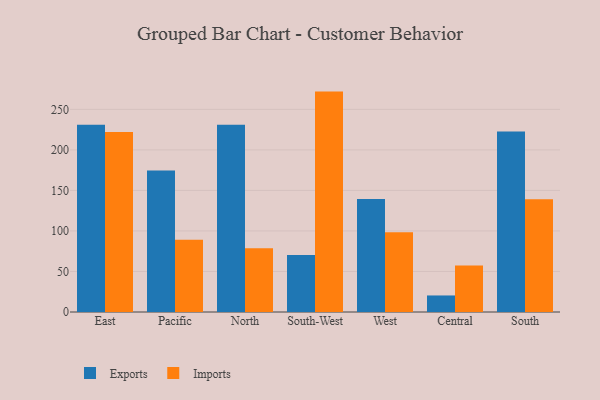
{"axis": {"x": "Region", "y": "Page Views"}, "legend": ["Exports", "Imports"], "data": [{"x": "East", "y": 230.9, "type": "Exports"}, {"x": "East", "y": 222.2, "type": "Imports"}, {"x": "Pacific", "y": 174.7, "type": "Exports"}, {"x": "Pacific", "y": 89.0, "type": "Imports"}, {"x": "North", "y": 231.1, "type": "Exports"}, {"x": "North", "y": 78.8, "type": "Imports"}, {"x": "South-West", "y": 70.2, "type": "Exports"}, {"x": "South-West", "y": 271.9, "type": "Imports"}, {"x": "West", "y": 139.4, "type": "Exports"}, {"x": "West", "y": 98.5, "type": "Imports"}, {"x": "Central", "y": 20.4, "type": "Exports"}, {"x": "Central", "y": 57.4, "type": "Imports"}, {"x": "South", "y": 222.6, "type": "Exports"}, {"x": "South", "y": 139.0, "type": "Imports"}]}